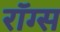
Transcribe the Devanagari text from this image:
रॉग्स